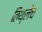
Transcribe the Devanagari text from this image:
तिथ्लेच